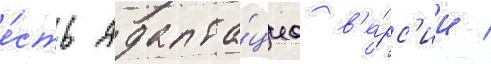
е́сть адапта́циа в'е́рс'ии /